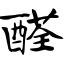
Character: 醛